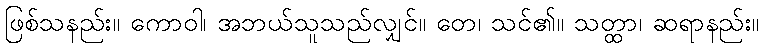
ဖြစ်သနည်း။ ကောဝါ၊ အဘယ်သူသည်လျှင်။ တေ၊ သင်၏။ သတ္ထာ၊ ဆရာနည်း။